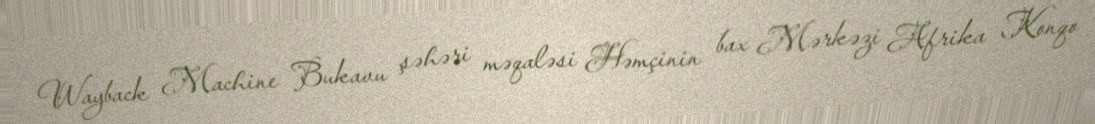
Wayback Machine Bukavu şəhəri məqaləsi Həmçinin bax Mərkəzi Afrika Konqo